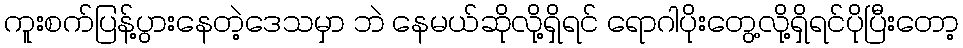
ကူးစက်ပြန့်ပွားနေတဲ့ဒေသမှာ ဘဲ နေမယ်ဆိုလို့ရှိရင် ရောဂါပိုးတွေ့လို့ရှိရင်ပိုပြီးတော့